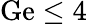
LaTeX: \mathrm{Ge}\le 4